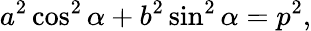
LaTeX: a^{2}\cos^{2}\alpha+b^{2}\sin^{2}\alpha=p^{2},